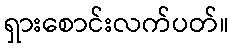
ရှားစောင်းလက်ပတ်။